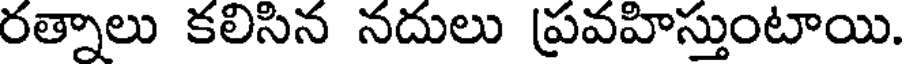
రత్నాలు కలిసిన నదులు ప్రవహిస్తుంటాయి.